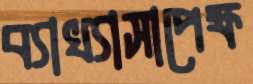
ব্যাখ্যাসাপেক্ষ